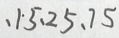
、 1 \cdot 5 、 2 5 、 7 5